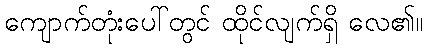
ကျောက်တုံးပေါ်တွင် ထိုင်လျက်ရှိ လေ၏။